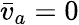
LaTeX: \bar{v}_{a}=0